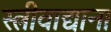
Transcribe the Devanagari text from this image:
स्त्रीवाद्याना